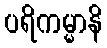
ပရိကမ္မာနိ